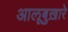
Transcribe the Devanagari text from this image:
आलूबुख़ारे